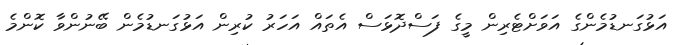
އަޅުގަނޑުމެންގެ އަވަށްޓެރިން މީގެ ފަސްދޮޅަސް އެތައް އަހަރު ކުރިން އަޅުގަނޑުމެން ބޭނުންވާ ކޮންމެ